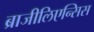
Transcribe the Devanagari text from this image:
ब्राजीलिएन्सिस